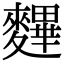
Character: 𪍪